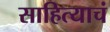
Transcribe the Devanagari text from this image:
साहित्याचं